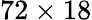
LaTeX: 72\times 18